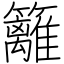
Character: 籬